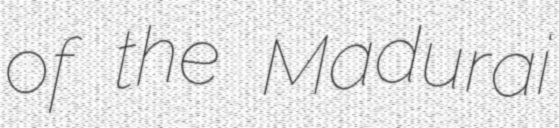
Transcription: of the Madurai